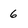
Character: 6